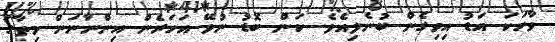
ވާހަކަ އަޑު އިވިގެން ބުނެލިއެވެ. ކަން ބޮޑު ނުވޭ އަހަރެން އިންނާނަން މިތާގަ